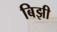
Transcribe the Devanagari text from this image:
बिझी